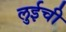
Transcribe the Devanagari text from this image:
लुईची